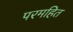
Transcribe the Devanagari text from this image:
परमहित